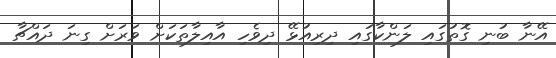
އޭނާ ބުނި ގޮތުގައި ލަންކާގައި ދިރިއުޅޭ ދިވެހި އާއިލާތަކަށް ވަރަށް ގިނަ ދައްޗާ